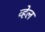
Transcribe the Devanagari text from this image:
व्‍हेल